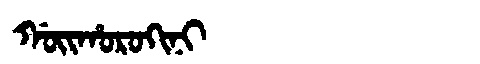
Manchu: ᡤᠣᡳᡥᠣᡵᠣᡴᡳᠨᡳ
Romanization: GOIHOROKINI